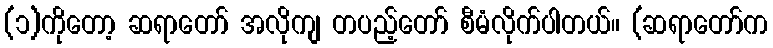
(၁)ကိုတော့ ဆရာတော် အလိုကျ တပည့်တော် စီမံလိုက်ပါတယ်။ (ဆရာတော်က